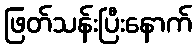
ဖြတ်သန်းပြီးနောက်